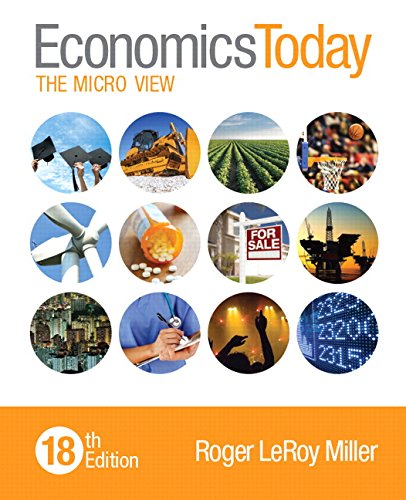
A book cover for Economics Today: The Micro View (18th Edition); Roger LeRoy Miller; Business & Money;